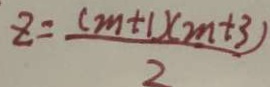
z = \frac { ( m + 1 ) ( 2 n + 3 ) } { 2 }